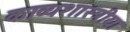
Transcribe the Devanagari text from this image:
काव्यशास्त्रीया